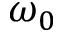
\omega _ { 0 }